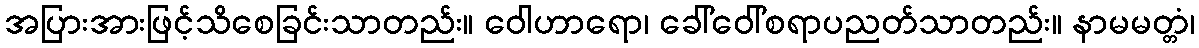
အပြားအားဖြင့်သိစေခြင်းသာတည်း။ ဝေါဟာရော၊ ခေါ်ဝေါ်စရာပညတ်သာတည်း။ နာမမတ္တံ၊